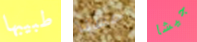
طبيبها حسنا جيشا